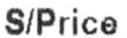
S/PRICE